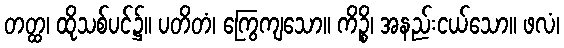
တတ္ထ၊ ထိုသစ်ပင်၌။ ပတိတံ၊ ကြွေကျသော။ ကိဉ္စိ၊ အနည်းငယ်သော။ ဖလံ၊